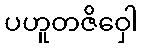
ပဟူတဇိဝှေါ